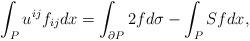
LaTeX: \begin{align*}\int_{P}u^{ij}f_{ij} dx= \int_{\partial P}2fd\sigma-\int_{P}Sfdx,\end{align*}